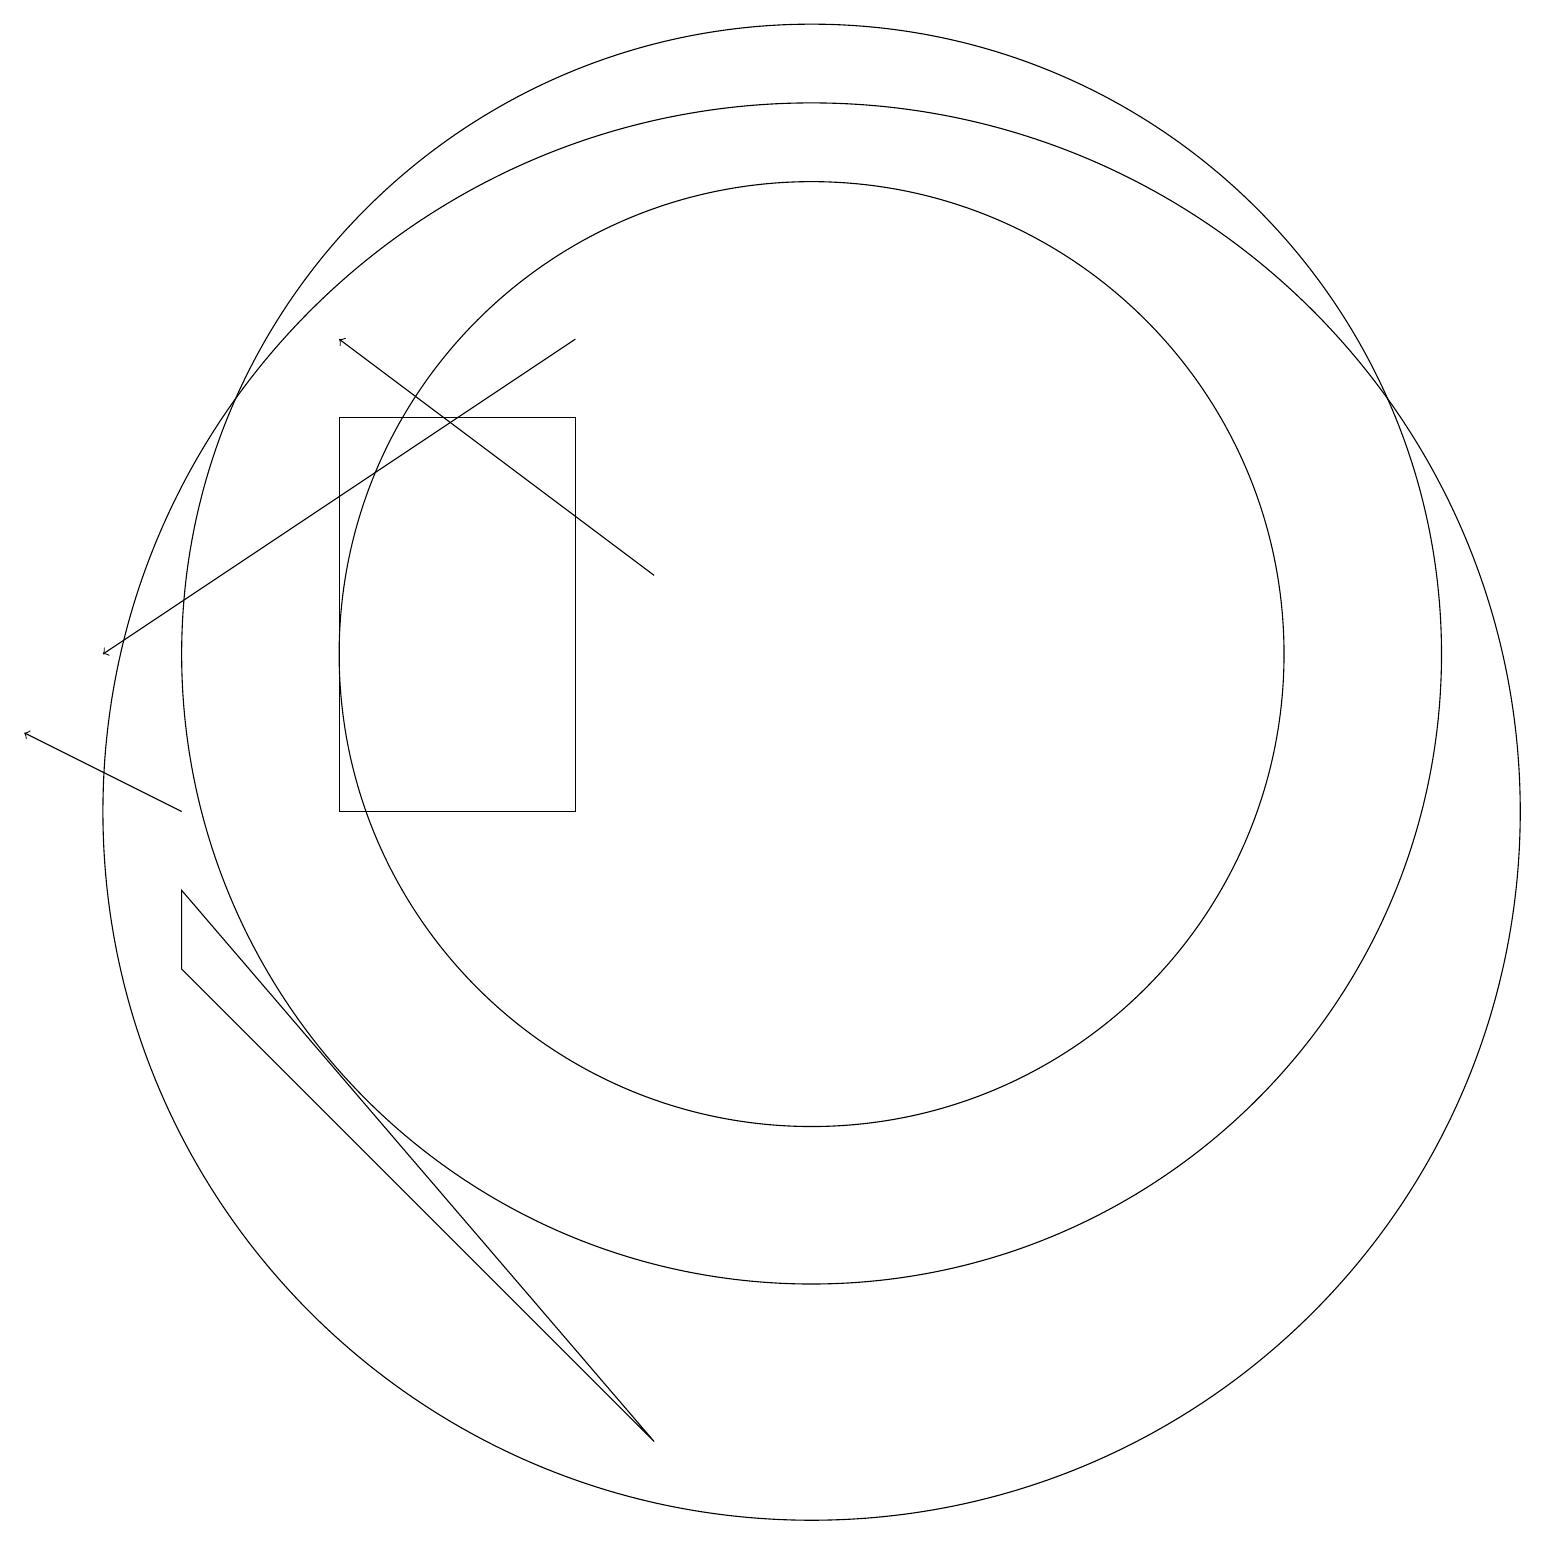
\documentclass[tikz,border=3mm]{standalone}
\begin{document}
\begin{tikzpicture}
\draw (2,9) -- (2,8) -- (8,2) -- cycle;
\draw (10,10) circle (9);
\draw[->] (7,16) -- (1,12);
\draw (10,12) circle (8);
\draw[->] (2,10) -- (0,11);
\draw (7,10) rectangle (4,15);
\draw[->] (8,13) -- (4,16);
\draw (10,12) circle (6);
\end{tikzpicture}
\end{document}